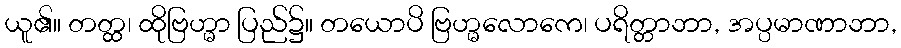
ယူ၏။ တတ္ထ၊ ထိုဗြဟ္မာ ပြည်၌။ တယောပိ ဗြဟ္မလောကေ၊ ပရိတ္တာဘာ, အပ္ပမာဏာဘာ,